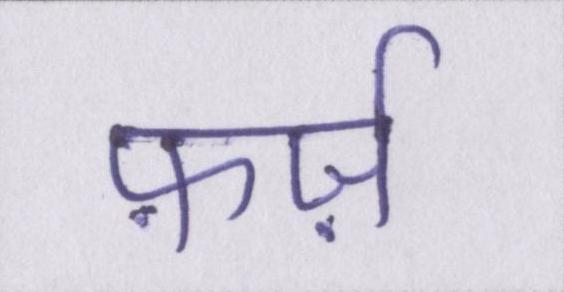
फ़र्ज़